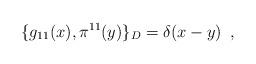
LaTeX: \begin{align*}\{g_{11} (x), \pi ^{11} (y) \}_D= \delta (x-y)\,\,\, , \end{align*}